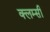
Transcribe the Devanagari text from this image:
क्लम्सी